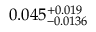
0 . 0 4 5 _ { - 0 . 0 1 3 6 } ^ { + 0 . 0 1 9 }